Medical and sanitary report of the native army of Bengal for the year
Year: 1878
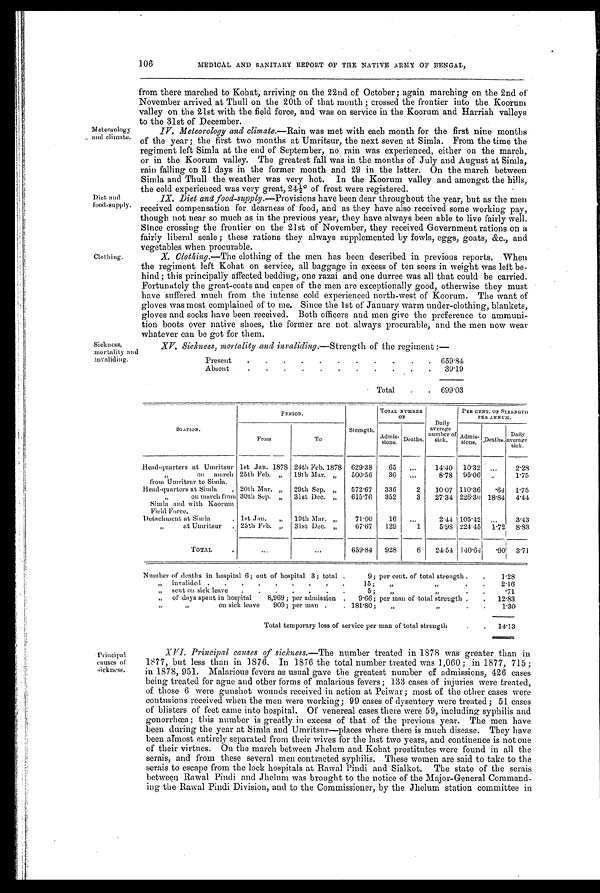
106
MEDICAL AND SANITARY REPORT OF THE NATIVE ARMY OF BENGAL,
Meteorology
and climate.
Diet and
food-supply
Clothing.
from there marched to Kohat, arriving on the 22nd of October ; again marching on the 2nd of
November arrived at Thull on the 20th of that month ; crossed the frontier into the Koorum
valley on the 21st with the field force, and was on service in the Koorum and Harriah valleys
to the 31st of December.
IV. Meteorology and climate. —Rain was met with each month for the first nine months
of the year ; the first two months at Umritsur, the next seven at Simla. From the time the
regiment left Simla at the end of September, no rain was experienced, either on the march,
or in the Koorum valley. The greatest fall was in the months of July and August at Simla,
rain falling on 21 days in the former month and 29 in the latter. On the march between
Simla and Thull the weather was very hot. In the Koorum valley and amongst the hills,
the cold experienced was very great, 24½° of frost were registered.
IX. Diet and food-supply.—Provisions have been dear throughout the year, but as the men
received compensation for dearness of food, and as they have also received some working pay,
though not near so much as in the previous year, they have always been able to live fairly well.
Since crossing the frontier on the 21st of November, they received Government rations on a
fairly liberal scale ; these rations they always supplemented by fowls, eggs, goats, &c., and
vegetables when procurable.
X. Clothing. —The clothing of the men has been described in previous reports. When
the regiment left Kohat on service, all baggage in excess of ten seers in weight was left be-
hind; this principally affected bedding, one razai and one durree was all that could be carried.
Fortunately the great-coats and capes of the men are exceptionally good, otherwise they must
have suffered much from the intense cold experienced north-west of Koorum. The want of
gloves was most complained of to me. Since the 1st of January warm under-clothing, blankets,
gloves and socks have been received. Both officers and men give the preference to ammuni-
tion boots over native shoes, the former are not always procurable, and the men now wear
whatever can be got for them.
Sickness,
mortality and
invaliding.
XV. Sickness, mortality and invaliding. —Strength of the regiment :—
Present .
.
.
. .
.
.
.
.
. . 659.84
Absent . .
.
.
.
.
.
.
.
.
.
. 39.19
Total
.
. 699.03
STATION.
PERIOD.
Strength.
TOTAL NUMBER
OF
Daily
average
number of
s i c k.
PER CENT. OF STRENGTH
PER ANNUM.
From
To
Admis-
sions. Deaths.
Admis-
sions. Deaths. Daily
average
sick.
Head-quarters at Umritsur 1st Jan. 1878 24th Feb. 1878 629.38
65
. . .
14.40 10.32. ...
2.28
„
on march
from Umritsur to Simla.
25th Feb. „ 19th Mar. „ 500.56
30 ...
8.78 95.06
1.75
Head-quarters at Simla . 20th Mar. „ 29th Sep. „ 572.67 336
2 10.07 110.36 .64 1.75
„
On march from 30th Sep. „ 31st Dec. „ 615.76 352
3 27.34 226.30 18.84 4.44
Simla and with Koorum
Field Force.
Detachment at Simla
. 1st Jan. „ 19th Mar. „
71.00
16 ...
2.44 105.42 ...
3.43
,,
at Umritsur . 25th Feb. „ 31st Dec. „
67.67 129
1 5.98 224.45 1.72 8.83
TOTAL
.
...
...
659.84 928
6 24.54 140.64
. 9 0 3.71
I
Number of deaths in hospital 6; out of hospital 3; total .
9; per cent. of total strength . .
1.28
„ invalided . . . . . . . . .
15; „
„
. .
2.16
„ sent on sick leave . . . . . . .
5; ,,
„
. .
. 7 1
„ of days spent in hospital
8,969 ; per admission . 9.66; per man of total strength . . 12.83
,;
on sick leave 909; per man .
. 181.80; „
. .
1.30
Total temporary loss of service per man of total strength
. . 14.13
Principal
causes of
sickness.
XVI. Principal causes of sickness. —The number treated in 1878 was greater than in
1877, but less than in 1876. In 1876 the total number treated was 1,060 ; in 1877, 715 ;
in 1878, 951. Malarious fevers as usual gave the greatest number of admissions, 426 cases
being treated for ague and other forms of malarious fevers ; 133 cases of injuries were treated,
of those 6 were gunshot wounds received in action at Peiwar ; most of the other cases were
contusions received when the men were working; 99 cases of dysentery were treated ; 51 cases
of blisters of feet came into hospital. Of venereal cases there were 59, including syphilis and
gonorrhœa ; this number is greatly in excess of that of the previous year. The men have
been during the year at Simla and Umritsur—places where there is much disease. They have
been almost entirely separated from their wives for the last two years, and continence is not one
of their virtues. On the march between Jhelum and Kohat prostitutes were found in all the
serais, and from these several men contracted syphilis. These women are said to take to the
serais to escape from the lock hospitals at Rawal Pindi and Sialkot. The state of the serais
between lawal Pindi and Jhelum was brought to the notice of the Major-General Command-
ing the Rawal Pindi Division, and to the Commissioner, by the Jhelum station committee in